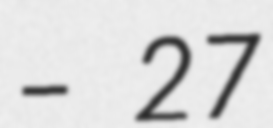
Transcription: – 27